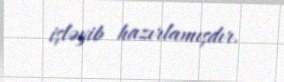
işləyib hazırlamışdır.